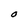
Character: O